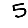
Digit: 5